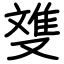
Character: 﨎